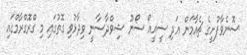
ސޮނެވާފުށީގެ ޗެއާމަން އަދި ސީއީއޯ ސޯނޫ ޝިވްދާސާނީ ވިދާޅުވި ގޮތުގައި މި ގްރޮގްރާމްގައި